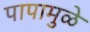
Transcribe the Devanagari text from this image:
पापामुळे